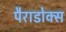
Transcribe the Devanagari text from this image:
पैराडोक्स